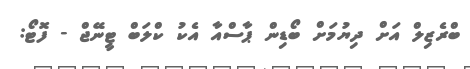
ބްރެޒިލް އަށް ދިޔުމަށް ބޯޑިން ޕާސްއާ އެކު ކްލަބް ޓީނޭޖް - ފޮޓޯ: